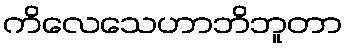
ကိလေသေဟာဘိဘူတာ